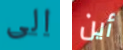
الى أين